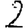
Digit: 2